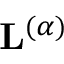
\mathbf { L } ^ { ( \alpha ) }